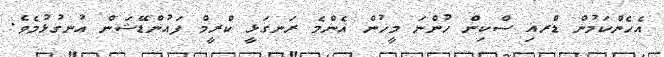
އެހެންކަމުން ޑްރއި ސްކިން ހުންނަ މީހުން އެންމެ ރަނގަޅީ ކްރީމް ފައުންޑޭޝަން އުނގުޅުމެވެ.